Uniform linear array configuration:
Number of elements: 12
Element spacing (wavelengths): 0.25
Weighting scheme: cosine
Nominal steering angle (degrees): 0
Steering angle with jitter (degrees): -0.2231
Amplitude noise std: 0.05
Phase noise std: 0.05

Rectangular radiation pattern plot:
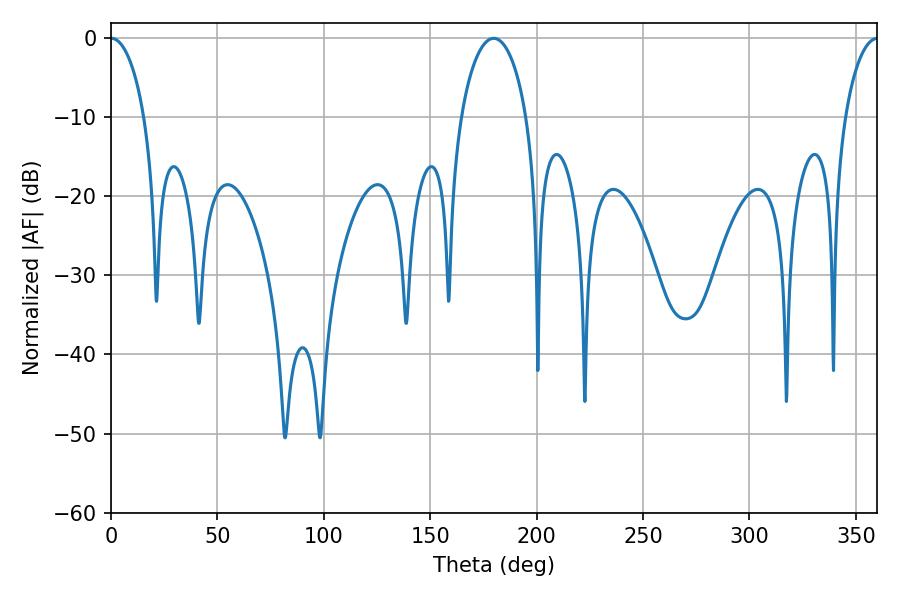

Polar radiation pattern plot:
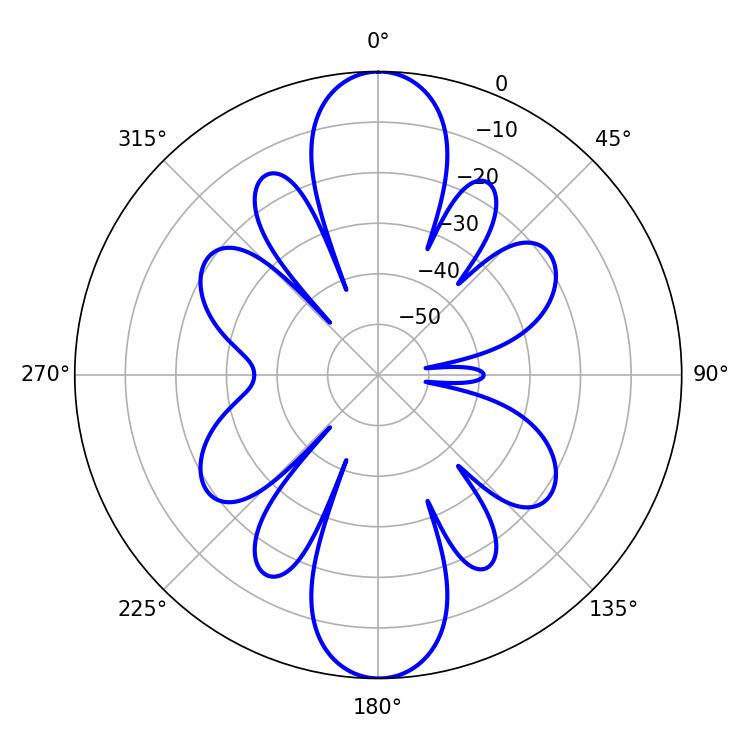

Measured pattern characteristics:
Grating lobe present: FALSE
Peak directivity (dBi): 36.575
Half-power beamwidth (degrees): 9
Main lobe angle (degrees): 0.18